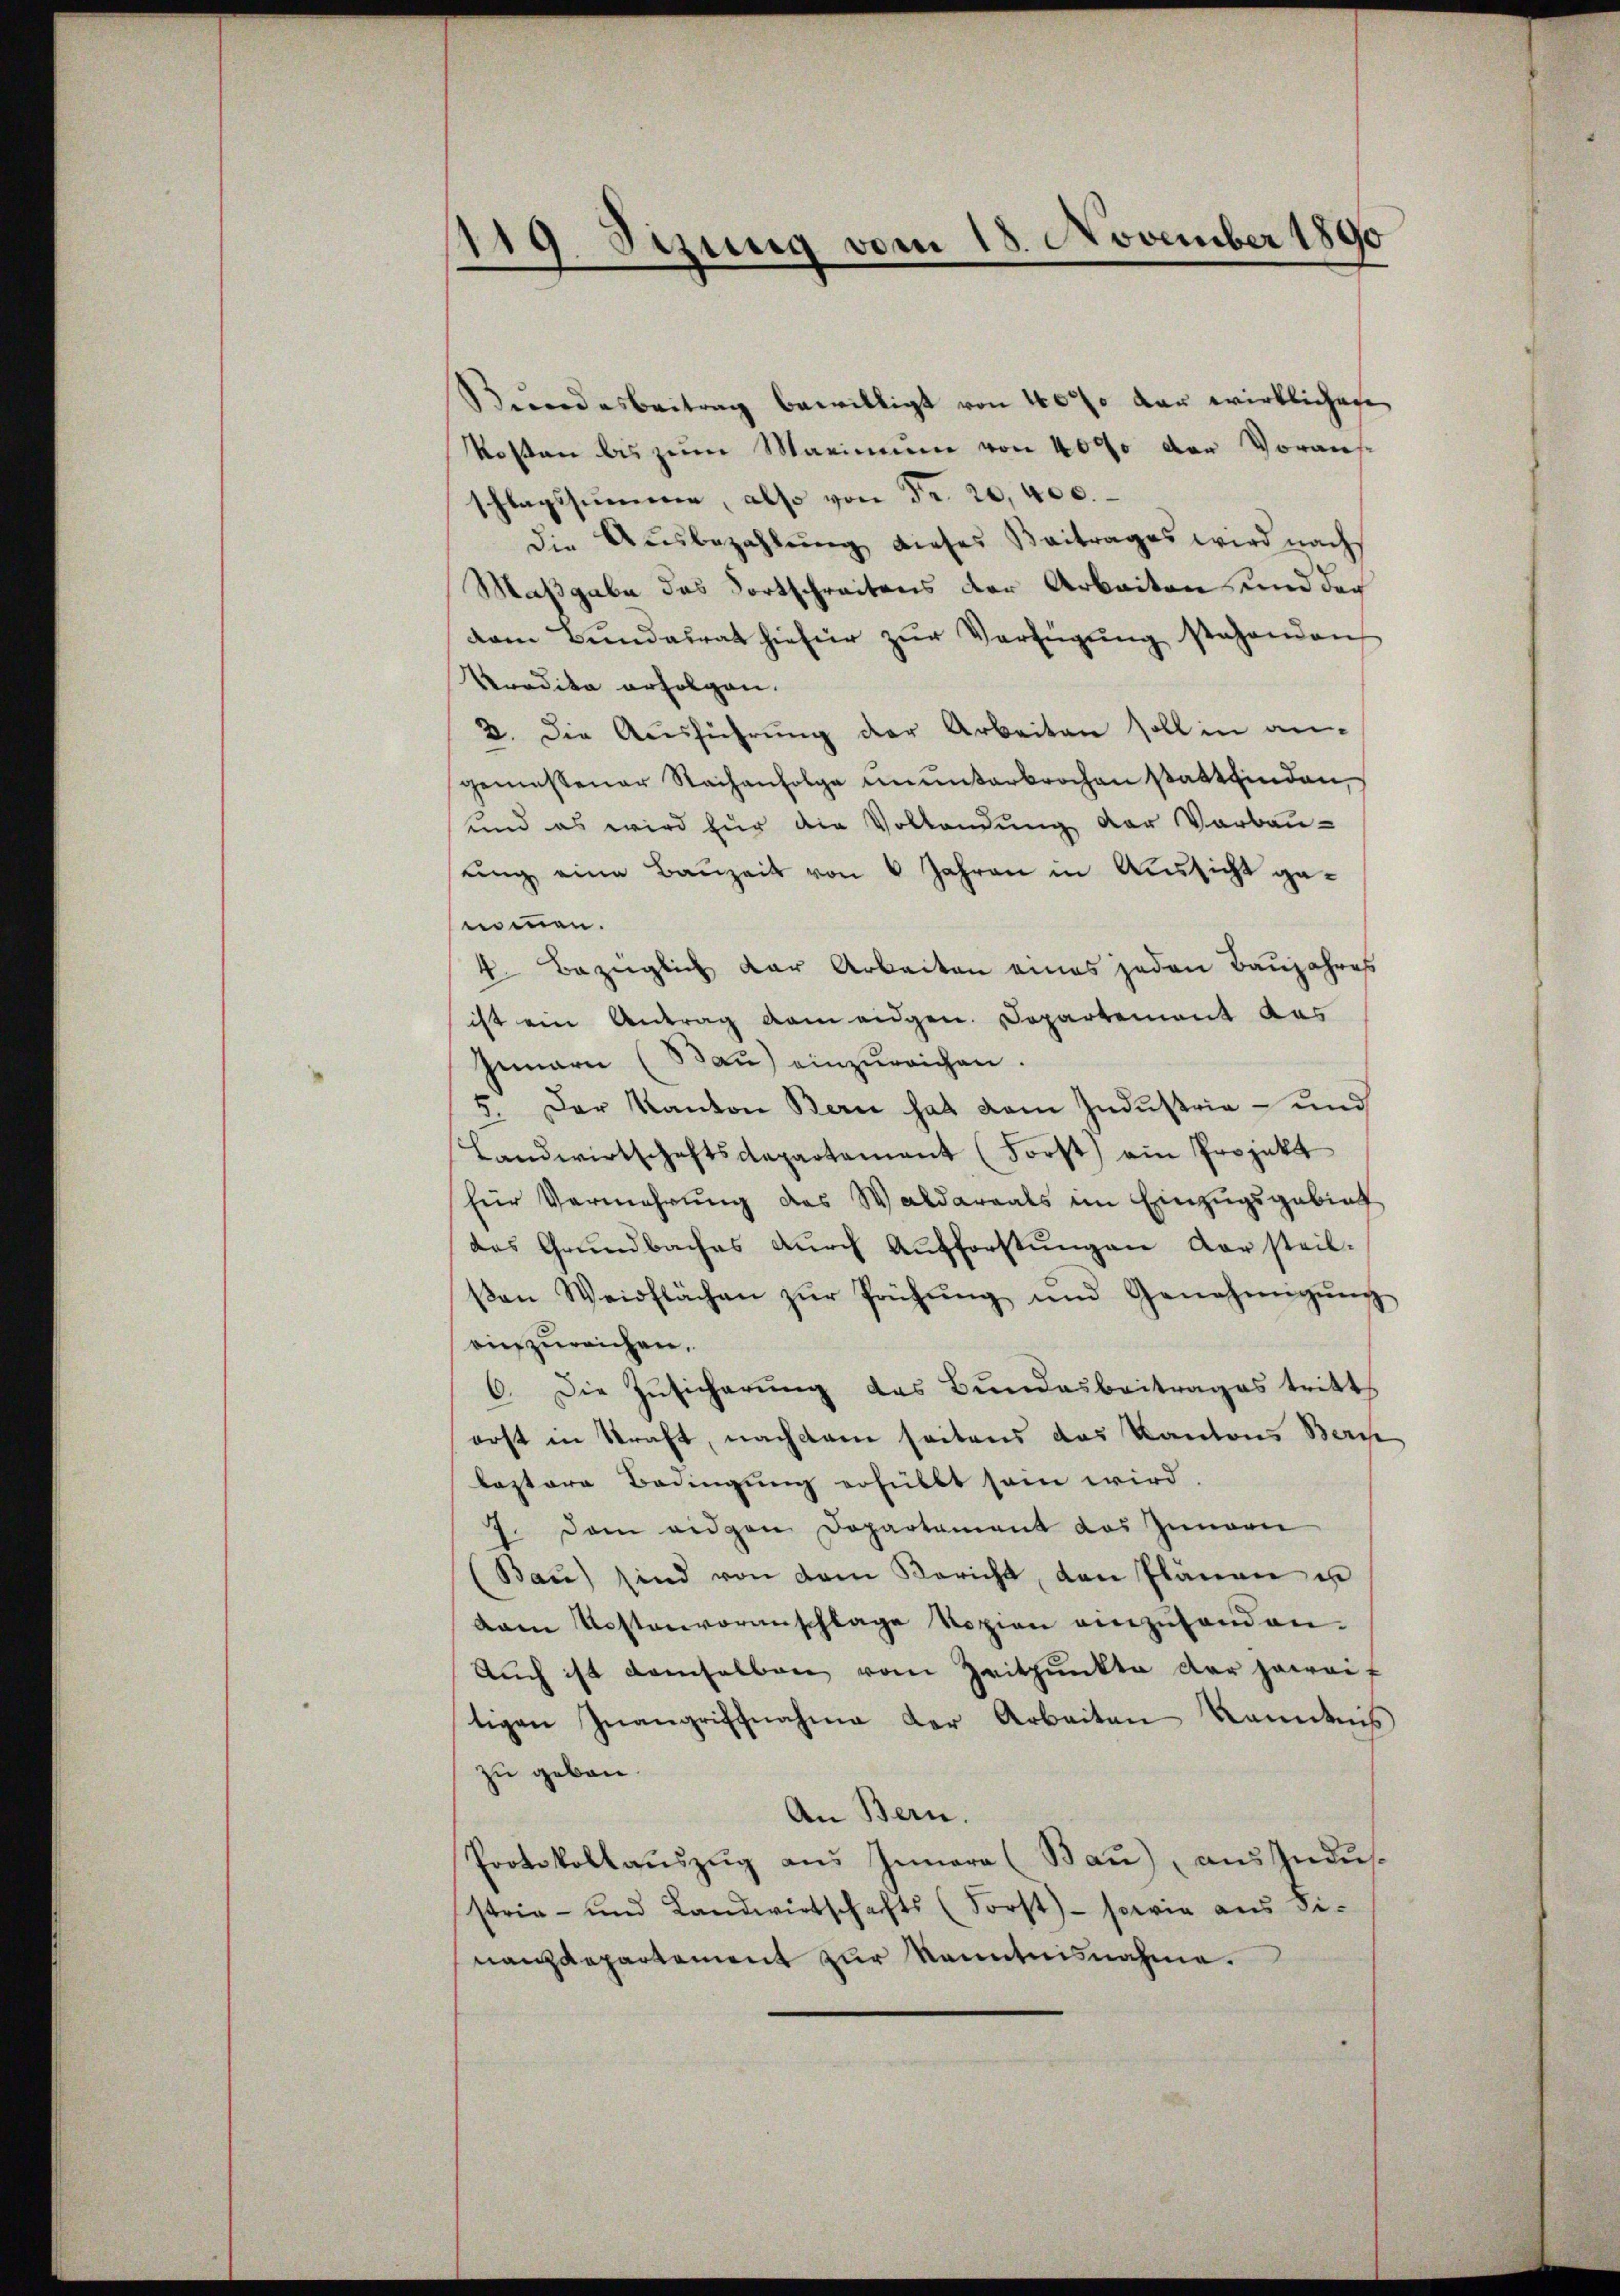
119. Sezung vom 18. November 1890
e

Bundesbeitrag bewilligt von 40% der wirklichen
Kosten bis zum Marinum von 4000 der Voraus-
schlagssummer, also von Fr. 20, 400.
die Ausbezahlŭng dieses Beitrages wird nachs
Maßgabe das Fortschreitens der Arbeiten und doc
vam Bŭndesrat hiefür zŭr Verfügŭng stehenden
Predita erfolgen.
2. Die Ausführung der Arbeiten soll in angemessener Sachenfolge ununterbrochen stattfinden,
und es wird für die Vollendung der Verbau-
ung eine Bauzeit von 6 Jahren in Aussicht genommen.
4. Bezüglich der Arbeiten eines jeden Baŭjahres
ist ein Antrag kam eidgen. Departement das
Gemarn (Baŭ) einzŭreichen.
5. Der Kanton Bern hat dem Industria - und
Landwirtschaftsdepartament (Forst) ein Projekt
für Vermehrŭng das Waldareals im Einzŭgsgebiet
des Grŭndbaches dŭrch Aufforstŭngen der steil-
βen Weidflächen zŭr Prüfŭng und Genehmigŭng
ainzureichen.
6. Die Zusicherung das Bundesbeitrages tritt
erst in Straft, nachdem seitens das Kantons Berch
leztere Bedingung erhüllt sein wird
7. Dem eidgen Departament das Zimari
(Baŭ) sind von dem Bericht, den Plänen un
dam Kostenvoranschlage Rozien einzuhanden.
Auch ist demselben vom Zeitpunkte der jeweif
tigen Inangriffnahme der Arbeiten Kenntnis
zu geben.
An Bern.
Protokollauszug aus Innere (Bau), aus Indus.
strie- und Landwirtschafts (Forst) - sowie aŭs Fi-
nanzdepartement zur Kenntnisnahme.